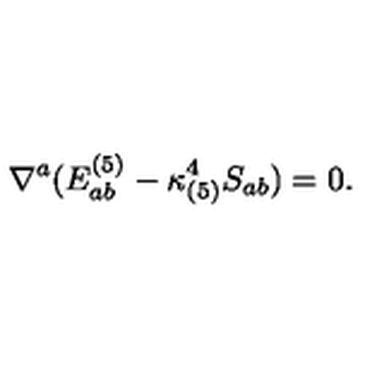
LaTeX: \nabla ^ { a } ( E _ { a b } ^ { ( 5 ) } - \kappa _ { ( 5 ) } ^ { 4 } S _ { a b } ) = 0 .